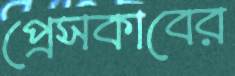
প্রেসকাবের